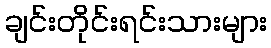
ချင်းတိုင်းရင်းသားများ